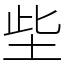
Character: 㘹